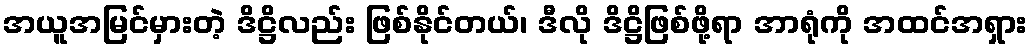
အယူအမြင်မှားတဲ့ ဒိဋ္ဌိလည်း ဖြစ်နိုင်တယ်၊ ဒီလို ဒိဋ္ဌိဖြစ်ဖို့ရာ အာရုံကို အထင်အရှား